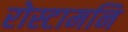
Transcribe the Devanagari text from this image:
रोस्टामनि